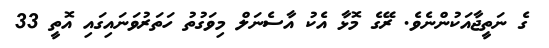
ގެ ނަތީޖާއަކުންނެވެ. ރޭގެ މޮޅާ އެކު އާސެނަލް މިވަގުތު ހަތަރުވަނައިގައި އޮތީ 33